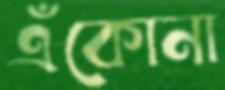
এঁকোনা